Plague in India, 1896, 1897 - Volume 2
Year: 1896
Disease focus: Plague
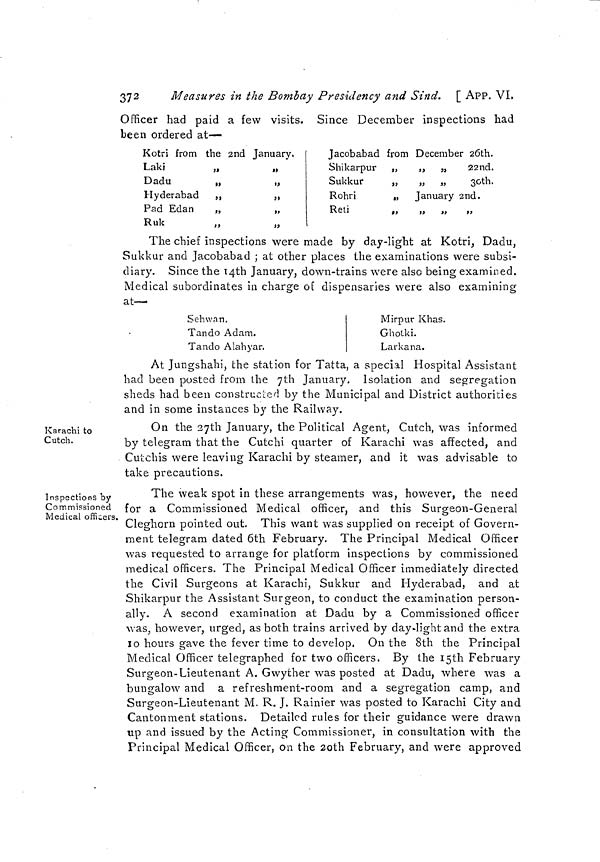
372
Measures in the Bombay Presidency and Sind. [ APP. VI.
Officer had paid a few visits. Since December inspections had
been ordered at—
Kotri from the 2nd
Laki
„
Dadu
„
Hyderabad
,,
Pad Edan
„
Ruk
„
January.
Jacobabad from December 26th.
Shikarpur „
„ „
22nd.
Sukkur
„
„ „
30th.
Rohr i
„ January 2nd.
Reti
The chief inspections were made by day-light at Kotri, Dadu,
Sukkur and Jacobabad ; at other places the examinations were subsi-
diary. Since the 14th January, down-trains were also being examined.
Medical subordinates in charge of dispensaries were also examining
at—
Sehwan,
Tando Adam.
Tando Alahyar.
Mirpur Khas.
Ghotki.
Larkana.
At Jungshabi, the station for Tatta, a special Hospital Assistant
had been posted from the 7th January, Isolation and segregation
sheds had been constructed by the Municipal and District authorities
and in some instances by the Railway.
Karachi to
Cutch.
On the 27th January, the Political Agent, Cutch, was informed
by telegram that the Cutchi quarter of Karachi was affected, and
Cutchis were leaving Karachi by steamer, and it was advisable to
take precautions.
Inspections by
Commissioned
Medical officers.
The weak spot in these arrangements was, however, the need
for a Commissioned Medical officer, and this Surgeon-General
Cleghorn pointed out. This want was supplied on receipt of Govern-
ment telegram dated 6th February. The Principal Medical Officer
was requested to arrange for platform inspections by commissioned
medical officers. The Principal Medical Officer immediately directed
the Civil Surgeons at Karachi, Sukkur and Hyderabad, and at
Shikarpur the Assistant Surgeon, to conduct the examination person-
ally. A second examination at Dadu by a Commissioned officer
was, however, urged, as both trains arrived by day-light and the extra
10 hours gave the fever time to develop. On the 8th the Principal
Medical Officer telegraphed for two officers. By the I5th February
Surgeon-Lieutenant A. Gwyther was posted at Dadu, where was a
bungalow and a refreshment-room and a segregation camp, and
Surgeon-Lieutenant M. R. J. Rainier was posted to Karachi City and
Cantonment stations. Detailed rules for their guidance were drawn
up and issued by the Acting Commissioner, in consultation with the
Principal Medical Officer, on the 20th February, and were approved